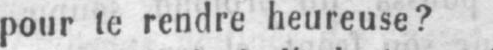
pour te rendre heureuse?